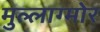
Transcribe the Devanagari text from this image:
मुल्लाग्मोर